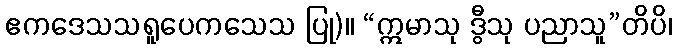
ဧကဒေသသရူပေကသေသ ပြု)။ “ဣမာသု ဒွီသု ပညာသူ”တိပိ၊